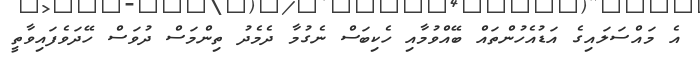
އެ މައްސަލައިގެ އަޑުއެހުންތައް ބޭއްވުމާއި ހެކިބަސް ނެގުމާ ދެމެދު ތިންމަސް ދުވަސް ހޭދަވެފައިވާތީ